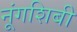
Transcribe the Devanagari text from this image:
नूंगशिबी